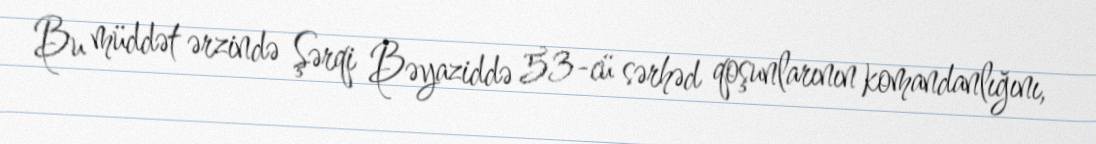
Bu müddət ərzində Şərqi Bəyaziddə 53-cü sərhəd qoşunlarının komandanlığını,